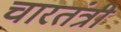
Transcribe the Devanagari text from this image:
चारतंत्री